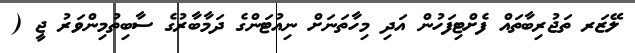
ލޭޒަރ ތަޖުރިބާތައް ފެށްޓިފަހުން އަދި މިހާތަނަށް ނިއުޓަންގެ ދަމާބާރުގެ ސާބިތުމިންވަރު ޖީ (